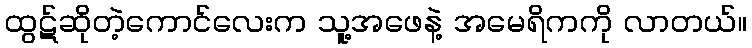
ထွဋ်ဆိုတဲ့ကောင်လေးက သူ့အဖေနဲ့ အမေရိကကို လာတယ်။